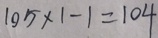
1 0 5 \times 1 - 1 = 1 0 4